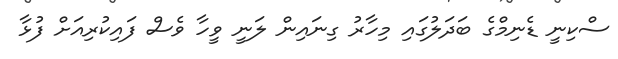
ސްކިނީ ޑެނިމްގެ ބަދަލުގައި މިހާރު ގިނައިން ލަނީ ވީހާ ވެސް ފައިކުރިއަށް ފުޅާ